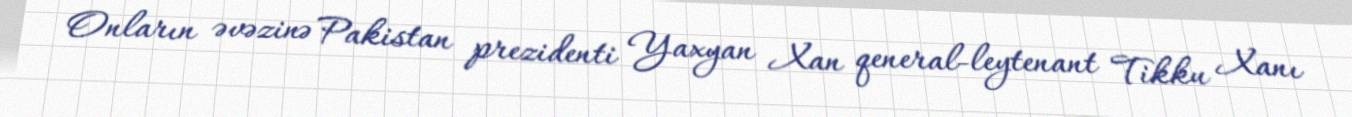
Onların əvəzinə Pakistan prezidenti Yaxyan Xan qeneral-leytenant Tikku Xanı